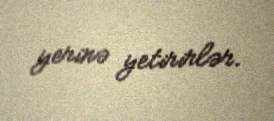
yerinə yetirirlər.